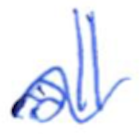
Text: all
Cross-out: wave
Writing tool: ballpoint